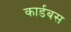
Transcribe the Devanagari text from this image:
कार्डबस